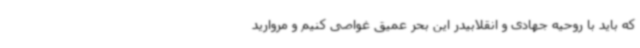
که باید با روحیه جهادی و انقلابیدر این بحر عمیق غواصی کنیم و مروارید